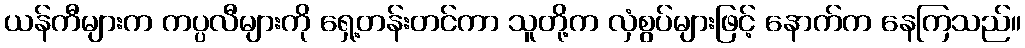
ယန်ကီများက ကပ္ပလီများကို ရှေ့တန်းတင်ကာ သူတို့က လှံစွပ်များဖြင့် နောက်က နေကြသည်။